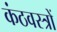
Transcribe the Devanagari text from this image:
कंठवस्त्रों